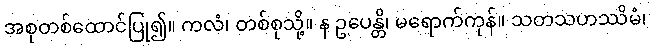
အစုတစ်ထောင်ပြု၍။ ကလံ၊ တစ်စုသို့။ န ဥပေန္တိ၊ မရောက်ကုန်။ သတသဟဿိမံ၊